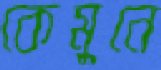
কেমুনে